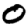
Digit: 0